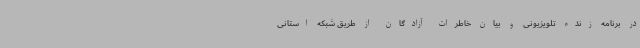
در برنامه زنده تلویزیونی و بیان خاطرات آزادگان از طریق شبکه استانی